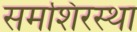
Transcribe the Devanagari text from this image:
समशिरस्था